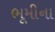
ભૂમીના